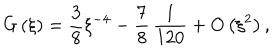
LaTeX: G \left( \xi \right) = \frac { 3 } { 8 } \xi ^ { - 4 } - \frac { 7 } { 8 } \, \frac { 1 } { 1 2 0 } + O \left( \xi ^ { 2 } \right) ,